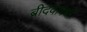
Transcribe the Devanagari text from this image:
ब्रीदवाक्यी